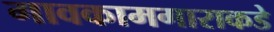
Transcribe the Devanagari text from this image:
गावकामगाराकडे